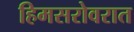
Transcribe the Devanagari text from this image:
हिमसरोवरात